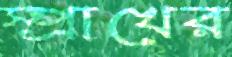
স্প্রাখের